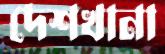
দেশখানা